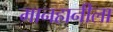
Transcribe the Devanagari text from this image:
मानहानीला